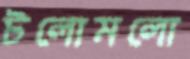
টলোমলো